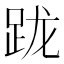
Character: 𨀁